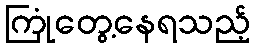
ကြုံတွေ့နေရသည့်